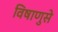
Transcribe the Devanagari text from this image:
विषाणुसे